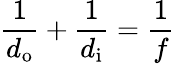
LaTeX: {\frac{1}{d_{\mathrm{o}}}}+{\frac{1}{d_{\mathrm{i}}}}={\frac{1}{f}}